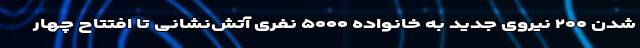
شدن ۲۰۰ نیروی جدید به خانواده ۵۰۰۰ نفری آتش‌نشانی تا افتتاح چهار